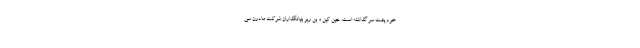
خود پشت سر گذاشته است. جین کین و بن ریو بنیانگذاران شرکت مادرن سی